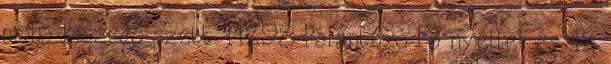
moha kiszedő szett 11298 Palántázó Fa nyéllel és 12